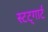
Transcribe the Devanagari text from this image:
स्टट्गार्ट